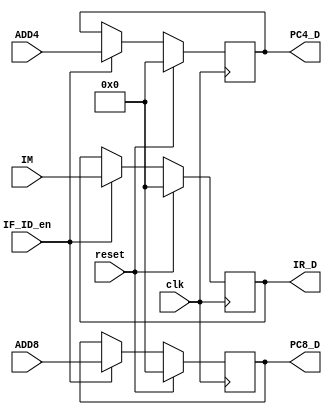
`timescale 1ns / 1ps
//////////////////////////////////////////////////////////////////////////////////
// Company: 
// Engineer: 
// 
// Design Name: 
// Module Name:    IF_ID 
// Project Name: 
// Target Devices: 
// Tool versions: 
// Description: 
//
// Dependencies: 
//
// Revision: 
// Revision 0.01 - File Created
// Additional Comments: 
//
//////////////////////////////////////////////////////////////////////////////////
module IF_ID(
	 input clk,
	 input reset,
	 input [31:0] ADD4,
	 input [31:0] ADD8,
	 input [31:0] IM,
	 input IF_ID_en,
	 output reg [31:0] IR_D,
	 output reg [31:0] PC4_D,
	 output reg [31:0] PC8_D
    );
	 initial
	 begin
		IR_D = 0;
		PC4_D = 0;
		PC8_D = 0;
	 end
	 always @(posedge clk)
	 begin
		if(reset==1)
		begin
			IR_D <= 0;
			PC4_D <= 0;
			PC8_D <= 0;
		end
		else
		begin
			if(IF_ID_en==1)
			begin
				IR_D <= IM;
				PC4_D <= ADD4;
				PC8_D <= ADD8;
			end
		end
	 end
endmodule